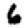
Digit: 6